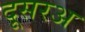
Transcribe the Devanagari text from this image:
दूसरअ